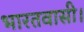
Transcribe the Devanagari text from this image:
भारतवासी।